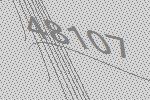
48107